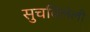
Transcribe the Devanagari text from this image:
सुचविलेली